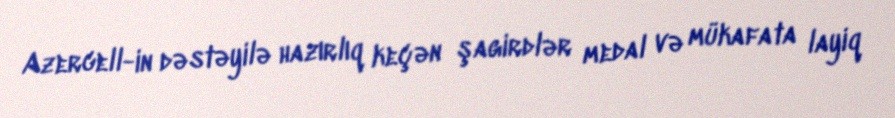
Azercell-in dəstəyilə hazırlıq keçən şagirdlər medal və mükafata layiq